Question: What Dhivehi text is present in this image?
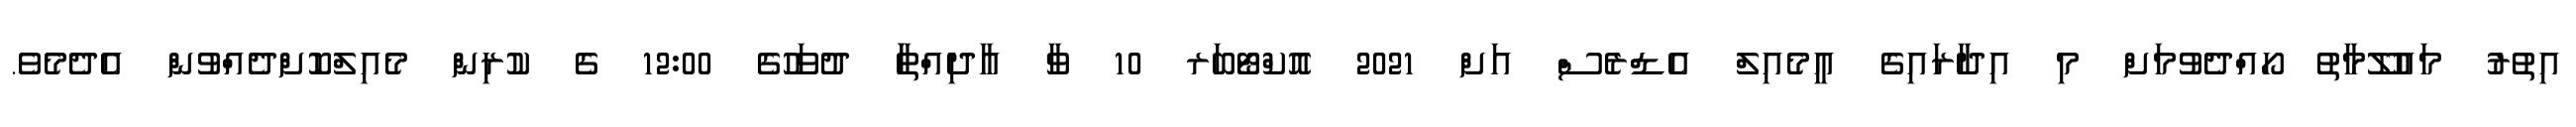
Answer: އިތުރު މައުލޫމާތު ހޯއްދެވުމަށް މި އިދާރައިގެ އީމެއިލް އެޑްރެސް އަށް 2021 އޮކްޓޯބަރ 10 ވާ އާދިއްތަާ ދުވަހުގެ 12:00 ގެ ކުރިން މެއިލްކޮށްދެއްވުން އެދެމެވެ.